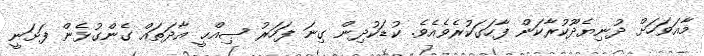
މާއަވަހަށް ދުނިޔެދޫކުރާކަން ފާހަގަކުރެވެއެވެ. ކުޑަކުދިން ގިނަ ފަހަރު ޞިއްޙީ އާދަތައް ގެންގުޅެން ފަށަނީ